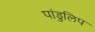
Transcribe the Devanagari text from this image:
पांडुलिप